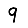
Digit: 9